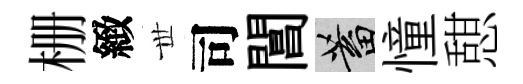
栅緻𠀍司閶蓄憧憇